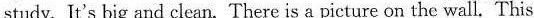
study. It's big and clean. There is a picture on the wall. This